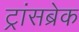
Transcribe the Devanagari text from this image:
ट्रांसब्रेक